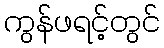
ကွန်ဖရင့်တွင်